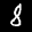
Label: 8